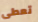
تعطى